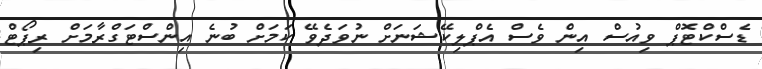
ޑެސްކްޓޮޕް ވިއުސް އިން ވެސް އެޕްލިކޭޝަނަށް ނުވަދެވޭ ކަމަށް ބުނެ އިންސްޓަގްރާމަށް ރިޕޯޓް